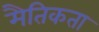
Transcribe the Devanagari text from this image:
मैतिकता